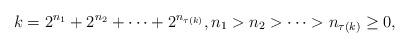
LaTeX: \begin{align*}k=2^{n_{1}}+2^{n_{2}}+\cdots+2^{n_{\tau(k)}},n_{1}>n_{2}>\cdots> n_{\tau(k)}\geq 0,\end{align*}